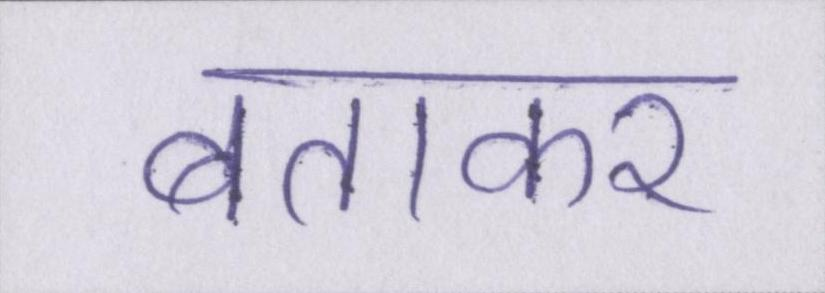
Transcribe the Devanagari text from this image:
बताकर